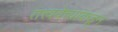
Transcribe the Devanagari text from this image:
तत्त्ववेत्त्यांकडून